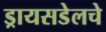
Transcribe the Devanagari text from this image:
ड्रायसडेलचे